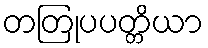
တတြုပပတ္တိယာ